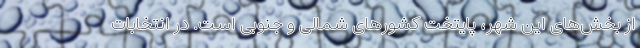
از بخش‌های این شهر، پایتخت کشورهای شمالی و جنوبی است. در انتخابات